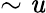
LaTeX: \sim\mathit{u}